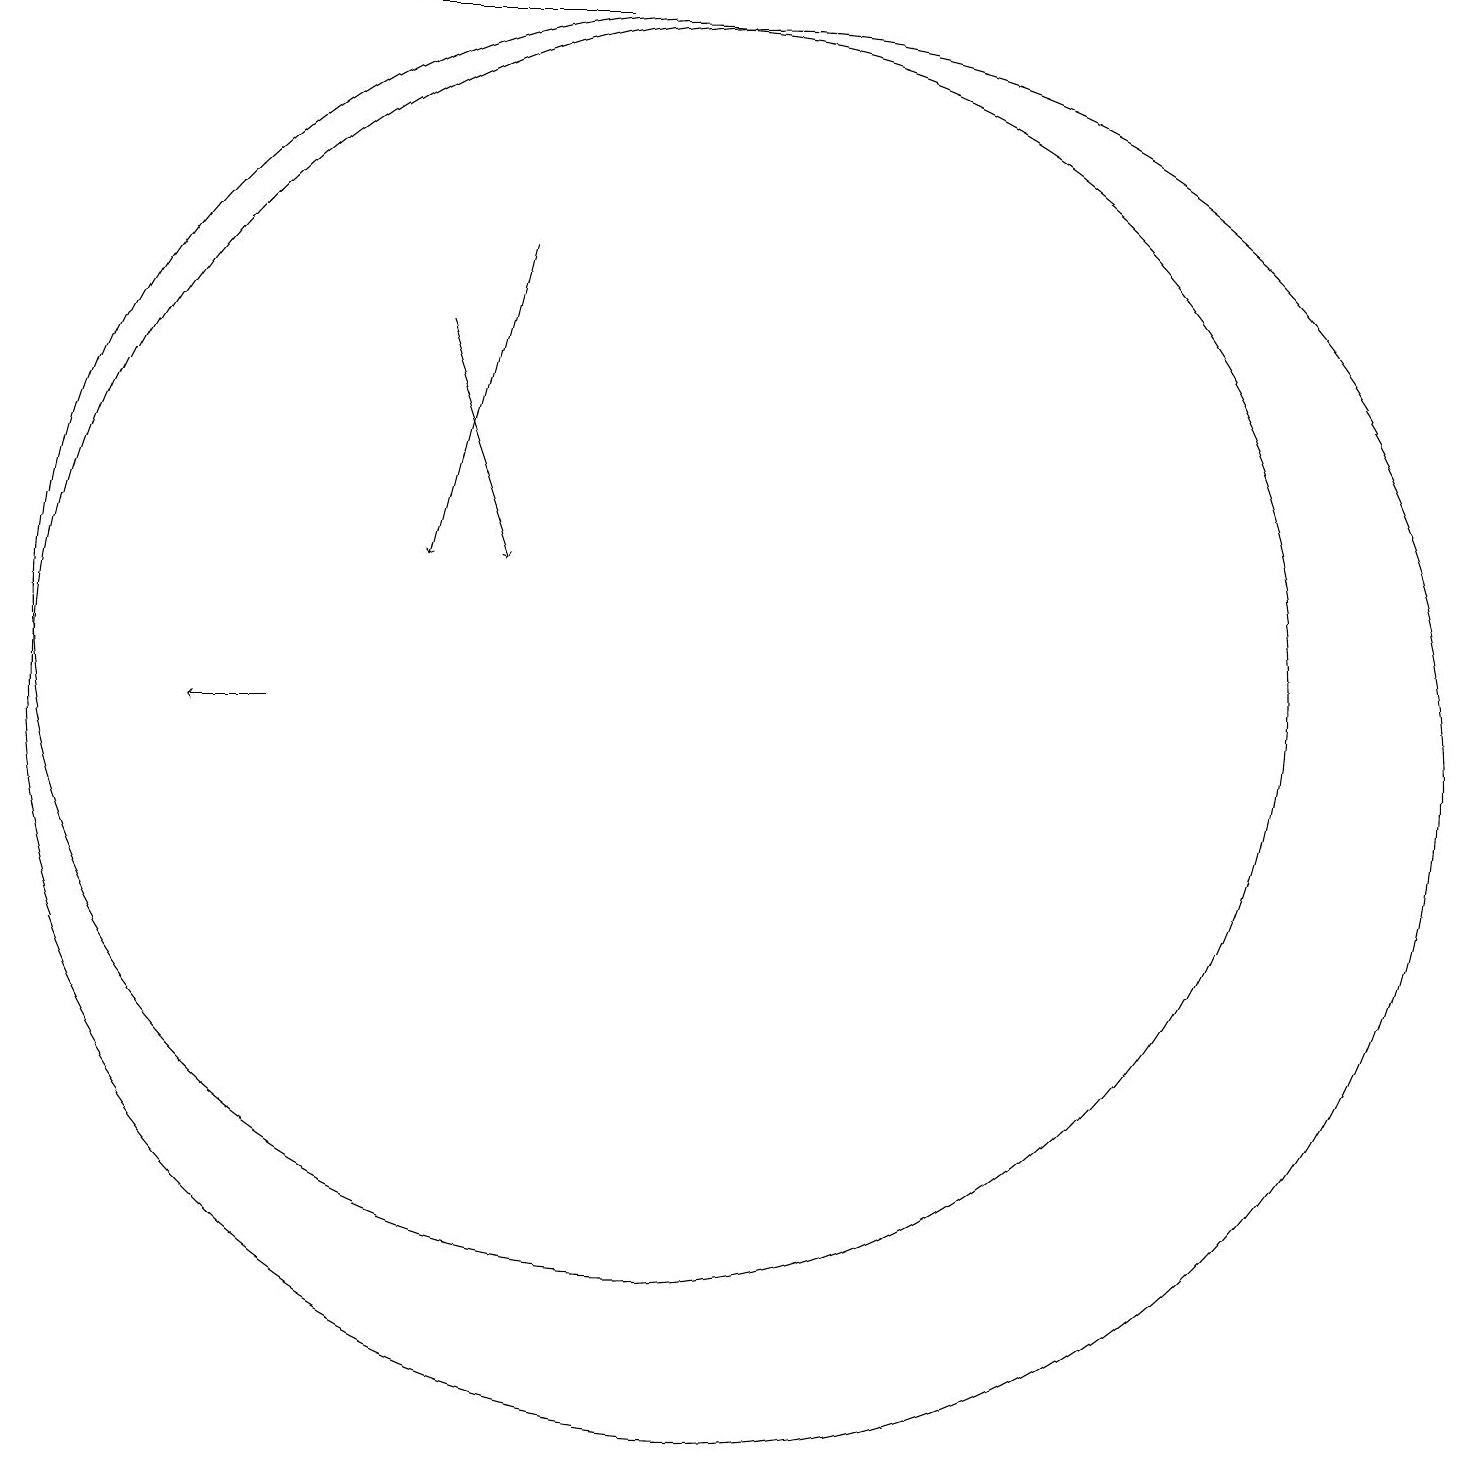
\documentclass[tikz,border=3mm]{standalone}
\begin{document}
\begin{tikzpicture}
\draw (11,10) circle (9);
\draw[->] (5,10) -- (4,10);
\draw[->] (8,16) -- (7,12);
\draw[->] (9,19) -- (2,19);
\draw (10,11) circle (8);
\draw[->] (7,15) -- (8,12);
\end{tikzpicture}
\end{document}